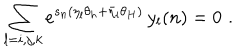
\sum _ { l = i , j , k } e ^ { s _ { n } ( \eta _ { l } \theta _ { h } + \bar { \eta } _ { l } \theta _ { H } ) } \, y _ { l } ( n ) = 0 \, \, .